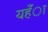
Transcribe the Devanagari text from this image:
यहँा